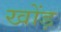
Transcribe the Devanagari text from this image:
खोंड़